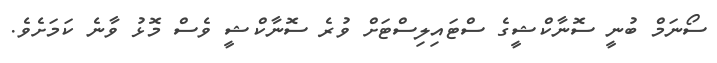
ސޯނަމް ބުނީ ސޮނާކްޝީގެ ސްޓައިލިސްޓަށް ވުރެ ސޮނާކްޝީ ވެސް މޮޅު ވާނެ ކަމަށެވެ.